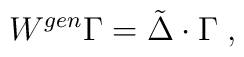
W ^{gen} \Gamma = \tilde{\Delta} \cdot \Gamma \; ,